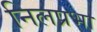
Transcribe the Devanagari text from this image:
निलप्रभा